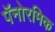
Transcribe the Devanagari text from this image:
पॅनोरमिक